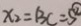
x _ { 2 } = 1 3 C = 5